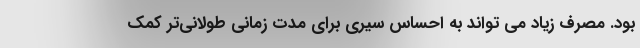
بود. مصرف زیاد می تواند به احساس سیری برای مدت زمانی طولانی‌تر کمک